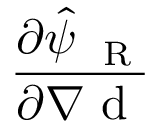
\frac { \partial \hat { \psi } _ { \mathrm { ~ \tiny ~ R ~ } } } { \partial { \nabla \mathrm { ~ d ~ } } }